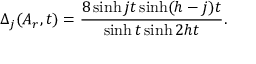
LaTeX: \Delta _ { j } ( A _ { r } , t ) = \frac { 8 \sinh j t \sinh ( h - j ) t } { \sinh t \sinh 2 h t } .